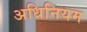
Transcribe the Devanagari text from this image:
अधिनियम